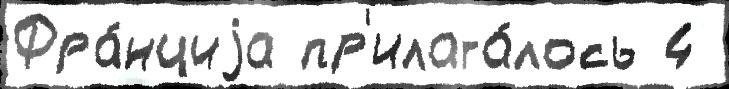
Фра́нциjа пр'илага́лось 4